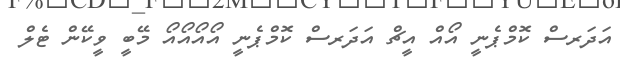
އަދަރސް ކޮމްޕެނީ އޯއް އީޗް އަދަރސް ކޮމްޕެނީ އޯއޯއޯއޯ މޭބީ ވީކޭން ޓެލް